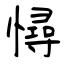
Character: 憳